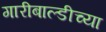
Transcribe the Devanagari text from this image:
गारीबाल्डीच्या